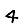
Digit: 4